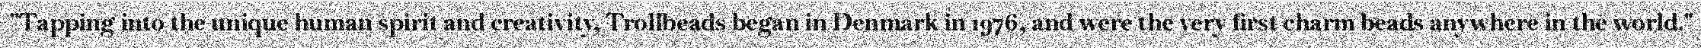
"Tapping into the unique human spirit and creativity, Trollbeads began in Denmark in 1976, and were the very first charm beads anywhere in the world."